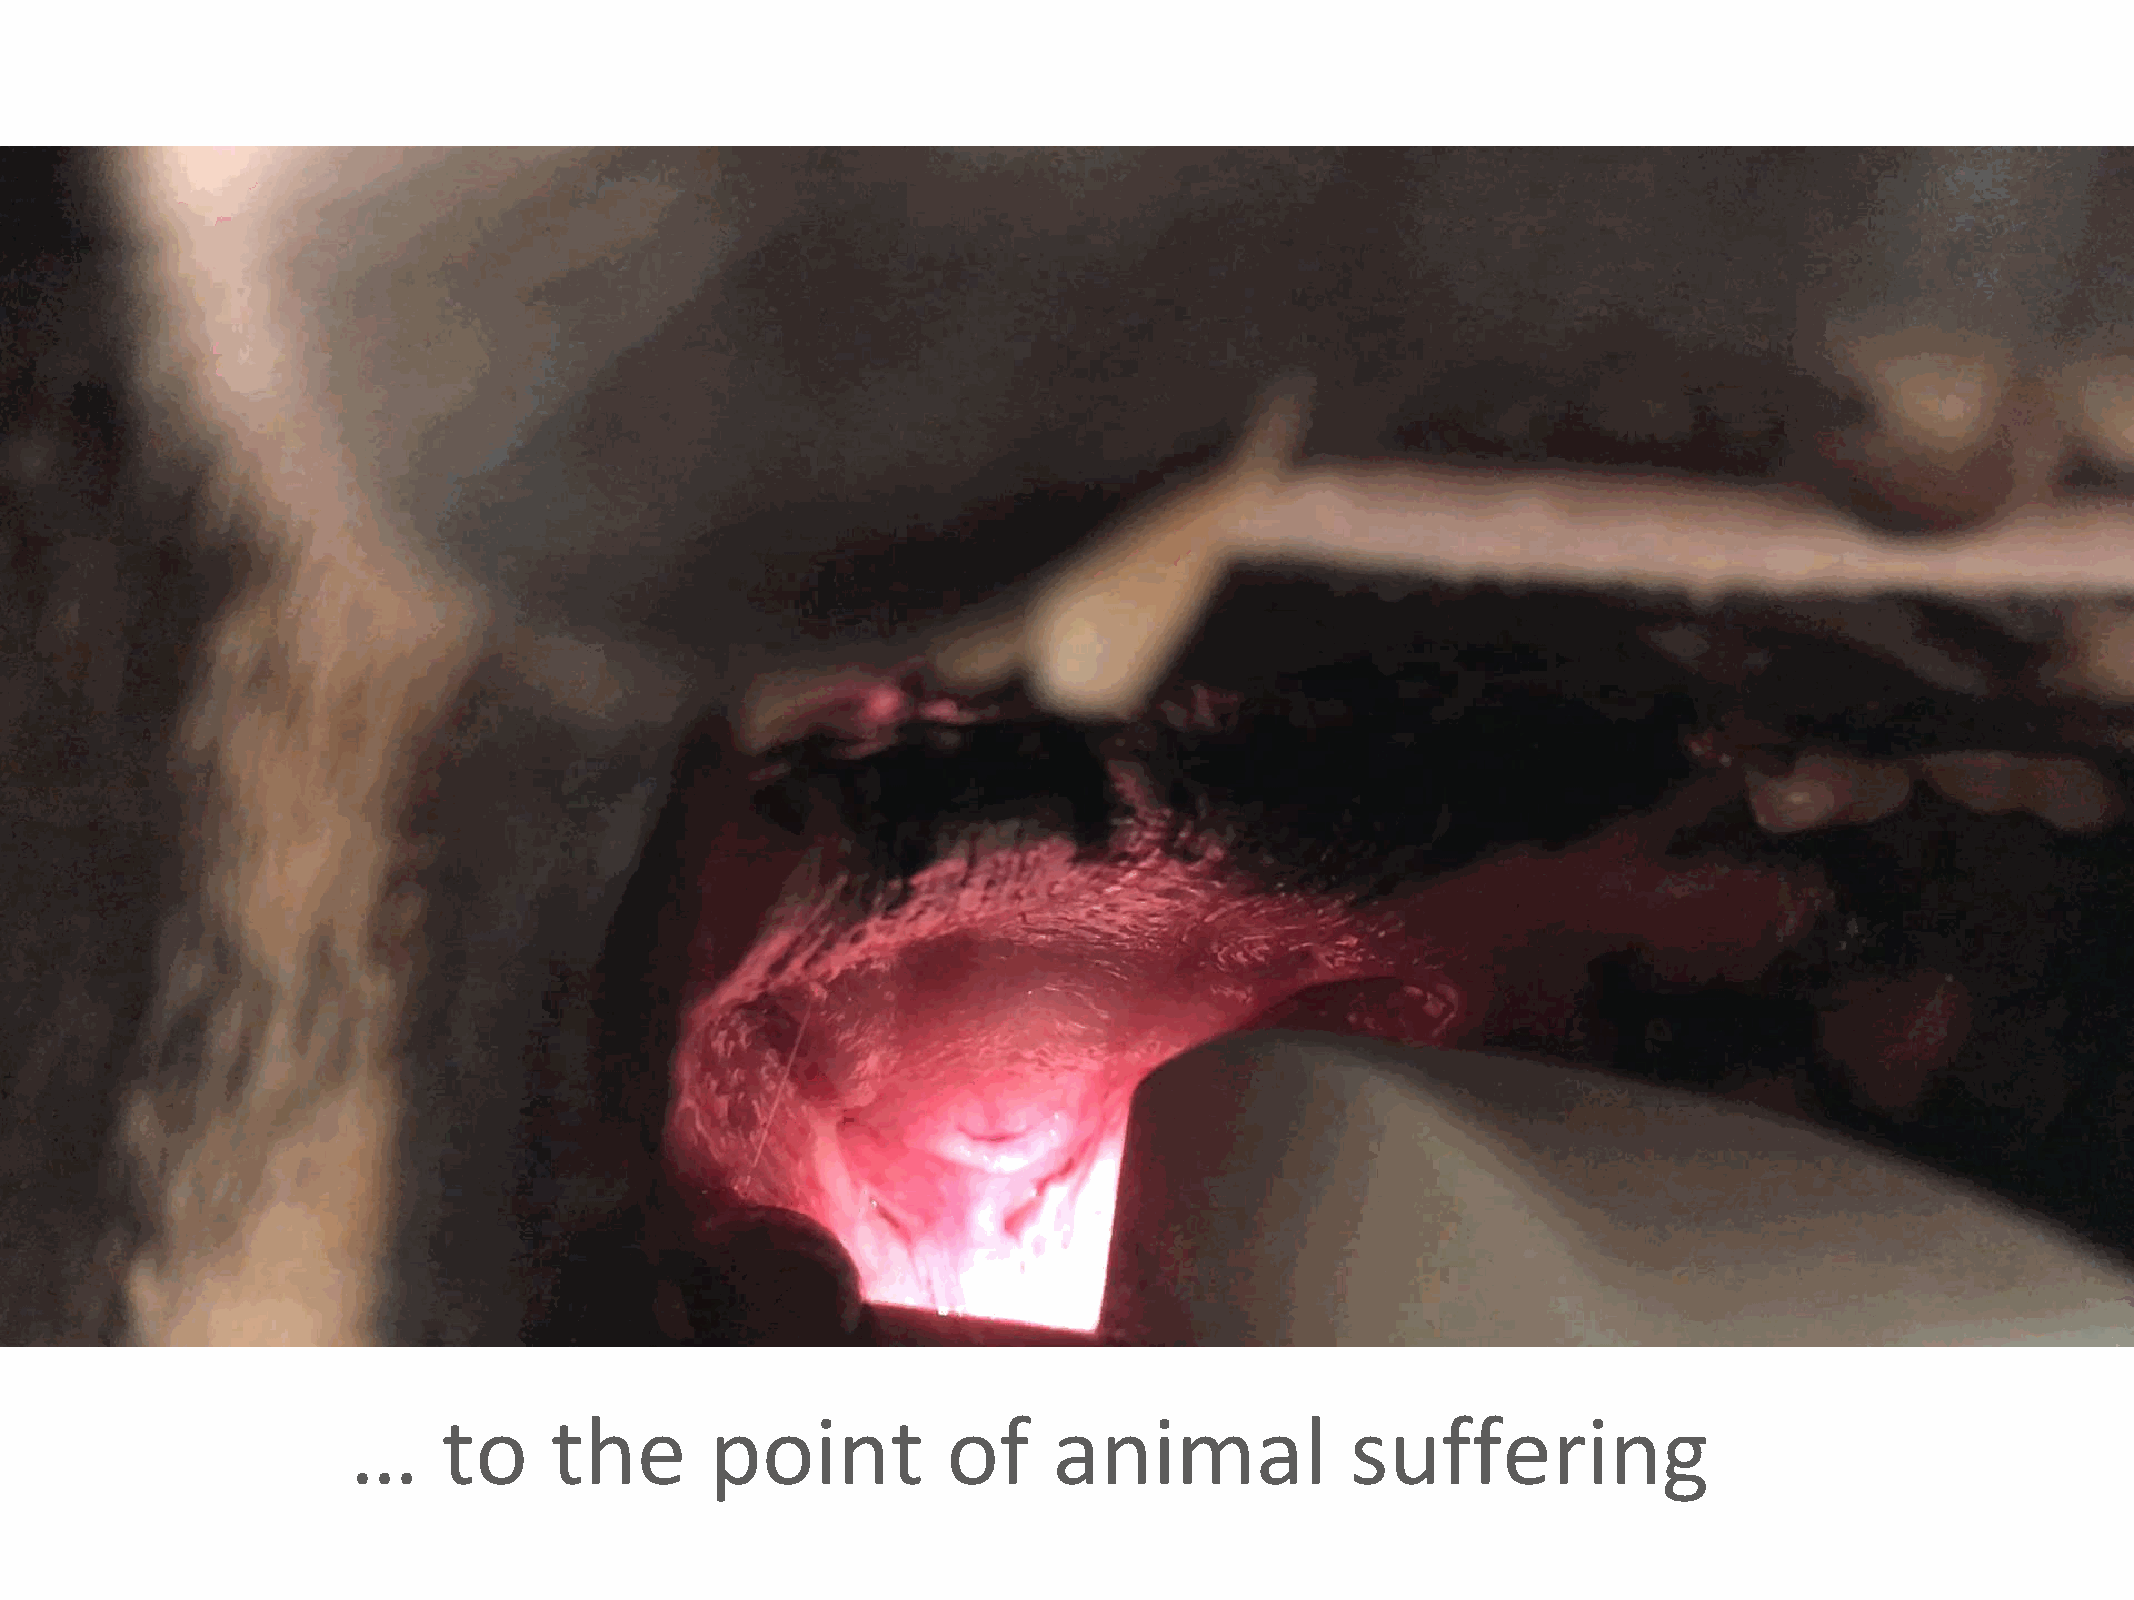
FVE/        UEVP/           FECAVA              Position             paper          on     stray        dogs
 …     to     the        point           of     animal             suffering